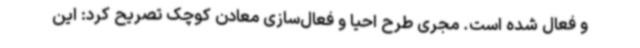
و فعال شده است. مجری طرح احیا و فعال‌سازی معادن کوچک تصریح کرد: این